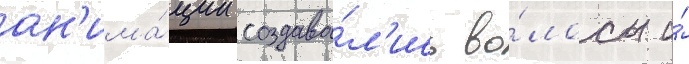
ан'има́ции создава́л'ись во́лосы и́